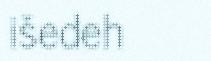
išedeh